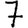
Digit: 7